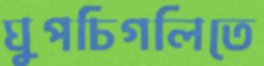
ঘুপচিগলিতে